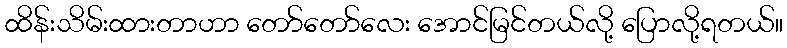
ထိန်းသိမ်းထားတာဟာ တော်တော်လေး အောင်မြင်တယ်လို့ ပြောလို့ရတယ်။